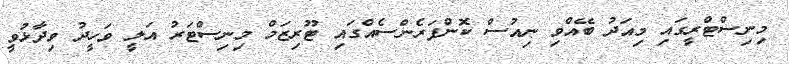
މިނިސްޓްރީގައި މިއަދު ބޭއްވި ނިއުސް ކޮންފަރެންސެއްގައި ޓޫރިޒަމް މިނިސްޓަރު އަލީ ވަހީދު ވިދާޅުވީ